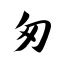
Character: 匆